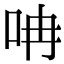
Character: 呥